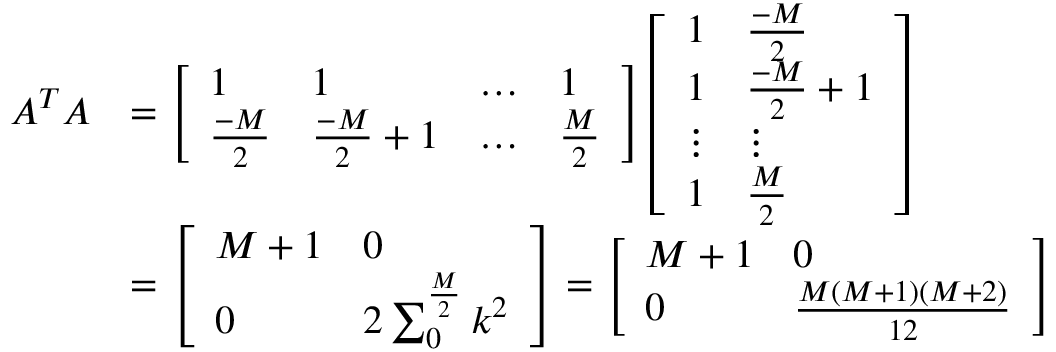
\begin{array} { r l } { A ^ { T } A } & { = \left[ \begin{array} { l l l l } { 1 } & { 1 } & { \hdots } & { 1 } \\ { \frac { - M } { 2 } } & { \frac { - M } { 2 } + 1 } & { \hdots } & { \frac { M } { 2 } } \end{array} \right] \left[ \begin{array} { l l } { 1 } & { \frac { - M } { 2 } } \\ { 1 } & { \frac { - M } { 2 } + 1 } \\ { \vdots } & { \vdots } \\ { 1 } & { \frac { M } { 2 } } \end{array} \right] } \\ & { = \left[ \begin{array} { l l } { M + 1 } & { 0 } \\ { 0 } & { 2 \sum _ { 0 } ^ { \frac { M } { 2 } } k ^ { 2 } } \end{array} \right] = \left[ \begin{array} { l l } { M + 1 } & { 0 } \\ { 0 } & { \frac { M ( M + 1 ) ( M + 2 ) } { 1 2 } } \end{array} \right] } \end{array}